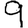
Digit: 9